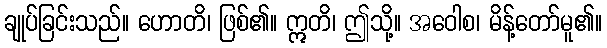
ချုပ်ခြင်းသည်။ ဟောတိ၊ ဖြစ်၏။ ဣတိ၊ ဤသို့။ အဝေါစ၊ မိန့်တော်မူ၏။